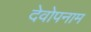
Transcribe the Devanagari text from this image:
देवोपनाम